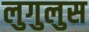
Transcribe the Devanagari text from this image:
लुगुलुस